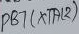
Text: PB7(XTAL2)